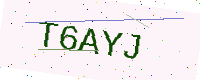
Text: T6AYJ